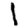
Digit: 1